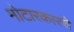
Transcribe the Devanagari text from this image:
मोटारकारचे